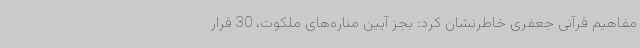
مفاهیم قرآنی جعفری خاطرنشان کرد: بجز آیین مناره‌های ملکوت، 30 قرار